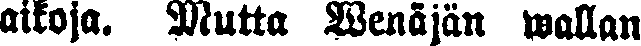
aikoja. Mutta Wenäjän wallan